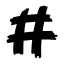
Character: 井